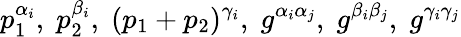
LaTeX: p_{1}^{\alpha_{i}},\; p_{2}^{\beta_{i}},\; (p_{1}+p_{2})^{\gamma_{i}},\; g^{\alpha_{i}\alpha_{j}},\; g^{\beta_{i}\beta_{j}},\; g^{\gamma_{i}\gamma_{j}}